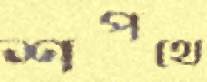
শপথে